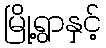
မြို့ရွာနှင့်